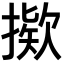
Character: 𫽸